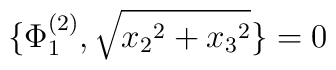
\{ \Phi_1^{(2)} , \sqrt{{x_2}^2 + {x_3}^2} \} = 0